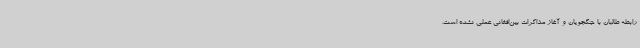
رابطه طالبان با جنگجویان و آغاز مذاکرات بین‌افغانی عملی نشده است.